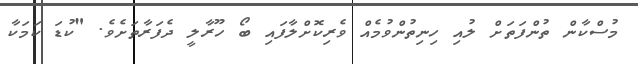
މުސްކާން ތުންފަތަށް ލުއި ހިނިތުންވުމެއް ވެރިކޮށްލާފައި ބޯ ހޫރާލީ ދެފަރާތަށެވެ. "ކުޑަ ކަމަކާ